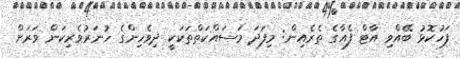
ފަހުކޮޅު ބޭއްވި އާޓް ފެއާގެ ތެރެއިން: މިފަދަ މަސައްކަތްތަކަކީ ދިވެހިންގެ ހުނަރުވެރިކަން ވަރަށް